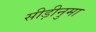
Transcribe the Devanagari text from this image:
सीड़ीनुमा